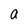
Character: a